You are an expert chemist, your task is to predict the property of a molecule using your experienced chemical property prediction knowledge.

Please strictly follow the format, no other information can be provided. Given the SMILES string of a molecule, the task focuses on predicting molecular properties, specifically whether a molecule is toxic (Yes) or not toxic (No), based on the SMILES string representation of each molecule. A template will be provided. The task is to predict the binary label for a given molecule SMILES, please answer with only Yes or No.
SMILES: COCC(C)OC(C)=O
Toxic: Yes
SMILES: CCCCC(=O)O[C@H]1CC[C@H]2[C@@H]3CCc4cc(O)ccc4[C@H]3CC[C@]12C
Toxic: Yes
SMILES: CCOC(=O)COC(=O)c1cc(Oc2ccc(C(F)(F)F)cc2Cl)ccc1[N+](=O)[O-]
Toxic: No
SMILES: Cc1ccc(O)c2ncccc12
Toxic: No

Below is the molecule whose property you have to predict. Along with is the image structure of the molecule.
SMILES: NC(=O)N(O)[C@@H]1COc2cc(OCc3ccccc3)ccc21
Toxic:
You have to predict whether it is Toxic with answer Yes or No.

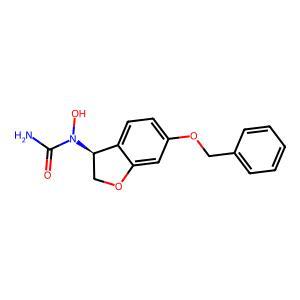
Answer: No